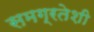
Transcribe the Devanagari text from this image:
समग्रतेशी